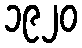
၁၉၂၀